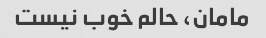
مامان، حالم خوب نیست